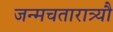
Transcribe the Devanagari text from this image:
जन्मचतारात्र्यौ